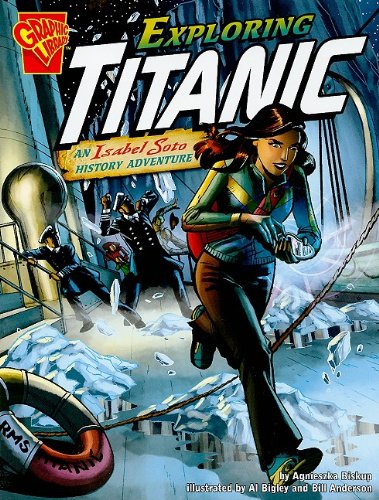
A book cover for Exploring Titanic: An Isabel Soto History Adventure (Graphic Expeditions); Agnieszka Biskup; Children's Books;